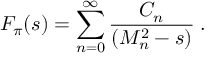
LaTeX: F _ { \pi } ( s ) = \sum _ { n = 0 } ^ { \infty } \frac { C _ { n } } { ( M _ { n } ^ { 2 } - s ) } \; .